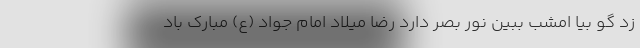
زد گو بیا امشب ببین نور بصر دارد رضا میلاد امام جواد (ع) مبارک باد